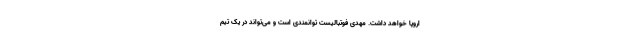
اروپا خواهد داشت. مهدی فوتبالیست توانمندی است و می‌تواند در یک تیم